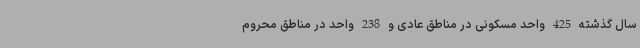
سال گذشته 425 واحد مسکونی در مناطق عادی و 238 واحد در مناطق محروم